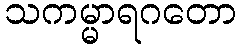
သကမ္မာရဂတော